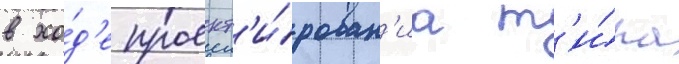
в хо́д'е проект'и́рован'иа т'и́па